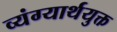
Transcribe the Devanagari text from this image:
व्यंग्यार्थयुक्त